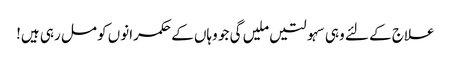
علاج کے لئے وہی سہولتیں ملیں گی جو وہاں کے حکمرانوں کو مل رہی ہیں!